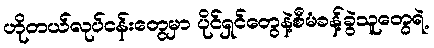
ဟိုတယ်လုပ်ငန်းတွေမှာ ပိုင်ရှင်တွေနဲ့စီမံခန့်ခွဲသူတွေရဲ့